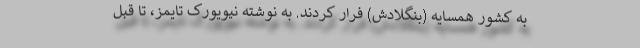
به کشور همسایه (بنگلادش) فرار کردند. به نوشته نیویورک تایمز، تا قبل